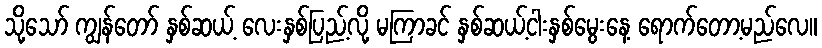
သို့သော် ကျွန်တော် နှစ်ဆယ့် လေးနှစ်ပြည့်လို့ မကြာခင် နှစ်ဆယ့်ငါးနှစ်မွေးနေ့ ရောက်တော့မည်လေ။